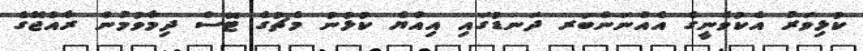
ކުޅިވަރު އެކުވެނީގެ އެއްނަންބަރ ދަނޑުގައި އިއްޔެ ކުޅުނު މެޗުގެ ޓޮސް ދިމާވުމުން ރާއްޖޭގެ